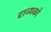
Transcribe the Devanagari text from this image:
राव्यको